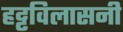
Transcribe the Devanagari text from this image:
हट्टविलासनी